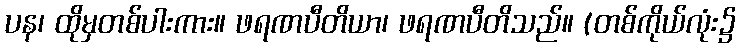
ပန၊ ထိုမှတစ်ပါးကား။ ဖရဏပီတိယာ၊ ဖရဏပီတိသည်။ (တစ်ကိုယ်လုံး၌